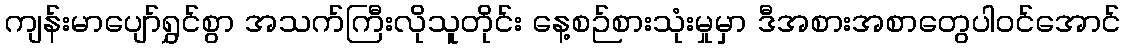
ကျန်းမာပျော်ရွှင်စွာ အသက်ကြီးလိုသူတိုင်း နေ့စဉ်စားသုံးမှုမှာ ဒီအစားအစာတွေပါဝင်အောင်